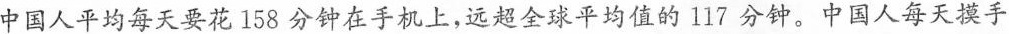
中国人平均每天要花158分钟在手机上，远超全球平均值的117分钟。中国人每天摸手